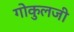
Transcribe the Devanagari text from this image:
गोकुलजी